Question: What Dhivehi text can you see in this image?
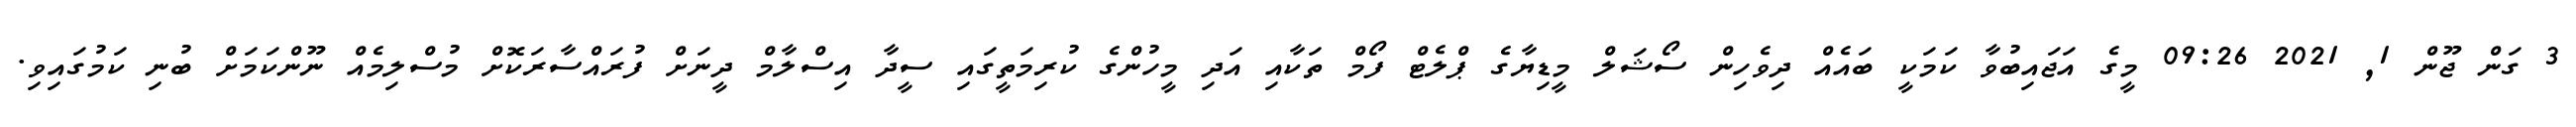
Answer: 3 ގަން ޖޫން 1, 2021 09:26 މީގެ އަޖައިބުވާ ކަމަކީ ބައެއް ދިވެހިން ސޯޝަލް މީޑިޔާގެ ޕްލެޓް ފޯމް ތަކާއި އަދި މީހުންގެ ކުރިމަތީގައި ސީދާ އިސްލާމް ދީނަށް ފުރައްސާރަކޮށް މުސްލިމެއް ނޫންކަމަށް ބުނި ކަމުގައިވި.